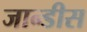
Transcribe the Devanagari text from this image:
जान्डीस